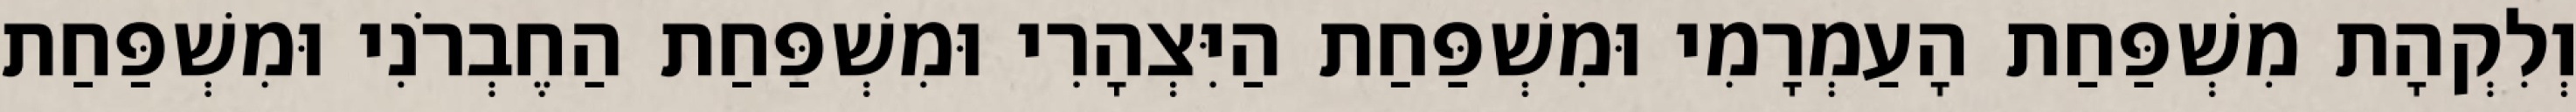
וְלִקְהָת מִשְׁפַּחַת הָעַמְרָמִי וּמִשְׁפַּחַת הַיִּצְהָרִי וּמִשְׁפַּחַת הַחֶבְרֹנִי וּמִשְׁפַּחַת